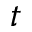
t